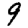
Digit: 9